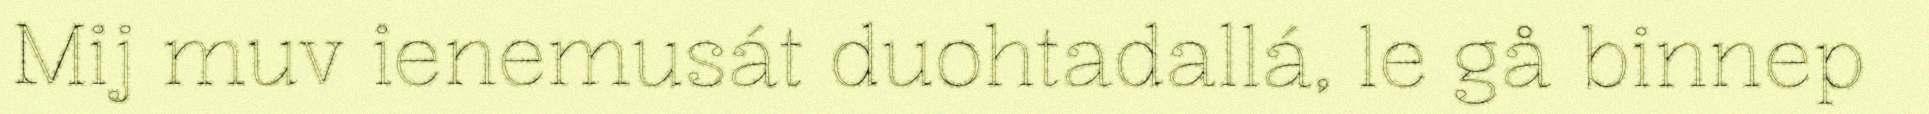
Mij muv ienemusát duohtadallá, le gå binnep